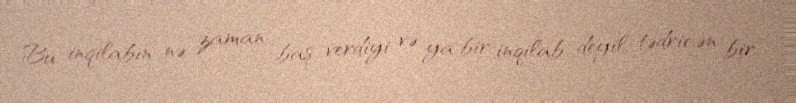
Bu inqilabın nə zaman baş verdiyi və ya bir inqilab deyil, tədricən bir